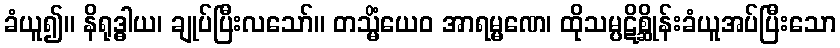
ခံယူ၍။ နိရုဒ္ဓါယ၊ ချုပ်ပြီးလသော်။ တသ္မိံယေဝ အာရမ္မဏေ၊ ထိုသမ္ပဋိစ္ဆိုန်းခံယူအပ်ပြီးသော